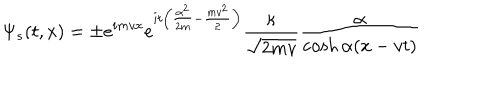
LaTeX: \Psi _ { s } ( t , x ) = \pm e ^ { i m v x } e ^ { i t \left( \frac { \alpha ^ { 2 } } { 2 m } - \frac { m v ^ { 2 } } { 2 } \right) } \frac { \kappa } { \sqrt { 2 m v } } \frac { \alpha } { \cosh \alpha ( x - v t ) }